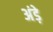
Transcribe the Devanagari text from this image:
अंड़े